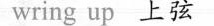
wring up 上弦